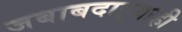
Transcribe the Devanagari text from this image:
जबाबदाऱ्याही